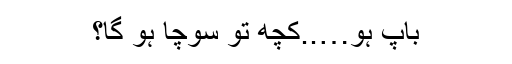
باپ ہو…..کچھ تو سوچا ہو گا؟